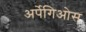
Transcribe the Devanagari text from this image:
अर्पेगिओस